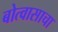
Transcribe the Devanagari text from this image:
बोत्वासाचा